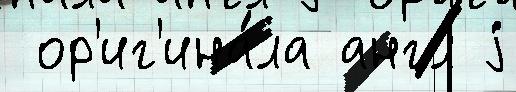
 ор'иг'ина́ла англ j